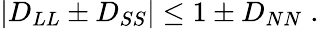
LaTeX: |D_{LL}\pm D_{SS}|\leq 1\pm D_{NN}\; .